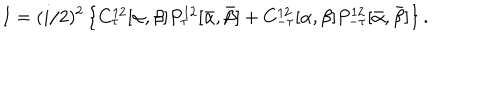
I = ( i / 2 ) ^ { 2 } \left\{ C _ { \tau } ^ { 1 2 } [ \alpha , \beta ] P _ { \tau } ^ { 1 2 } [ \bar { \alpha } , \bar { \beta } ] + C _ { - \tau } ^ { 1 2 } [ \alpha , \beta ] P _ { - \tau } ^ { 1 2 } [ \bar { \alpha } , \bar { \beta } ] \right\} .